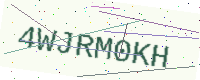
Text: 4WJRM0KH